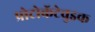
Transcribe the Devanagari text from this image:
प्रोटोकॅटेचुइक